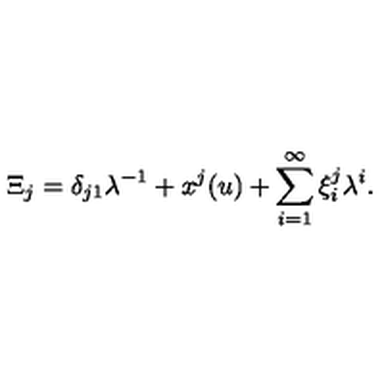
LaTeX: \Xi _ { j } = \delta _ { j 1 } \lambda ^ { - 1 } + x ^ { j } ( u ) + \sum _ { i = 1 } ^ { \infty } \xi _ { i } ^ { j } \lambda ^ { i } .